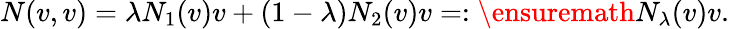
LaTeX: N(v,v)=\lambda N_{1}(v)v+(1-\lambda)N_{2}(v)v=:\ensuremath{N_{\lambda}}(v)v.